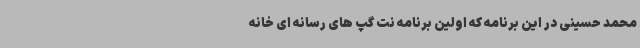
محمد حسینی در این برنامه که اولین برنامه نت گپ های رسانه ای خانه